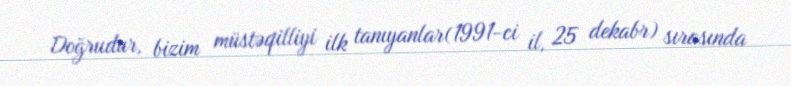
Doğrudur, bizim müstəqilliyi ilk tanıyanlar(1991-ci il, 25 dekabr) sırasında